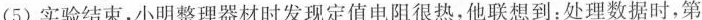
(5)实验结束，小明整理器材时发现定值电阻很热，他联想到：处理数据时，第